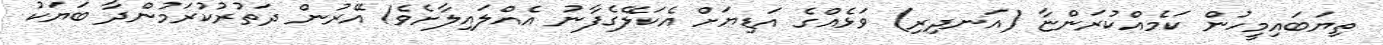
ތިޔަބައިމީހުން ކަމެއްކުރަންޏާ (އަނދިރި) ވަޅެއްގެ އަޑިޔަށް އެކަލޭގެފާނު އެއްލައިލާށެވެ! އޭރުން ދަތުުރުކުރަމުންދާ ބަޔަކު